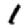
Digit: 1